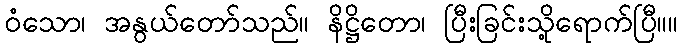
ဝံသော၊ အနွယ်တော်သည်။ နိဋ္ဌိတော၊ ပြီးခြင်းသို့ရောက်ပြီ။။